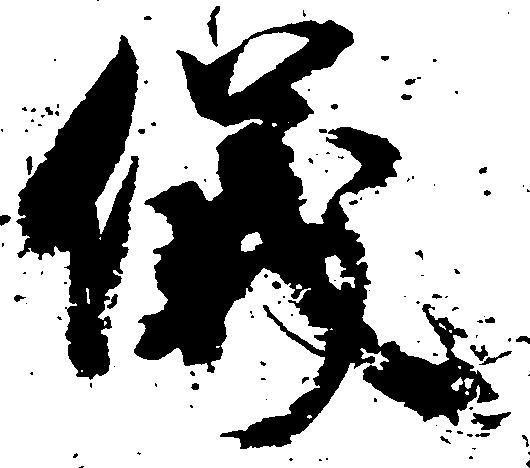
儀